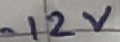
Text: -12V